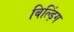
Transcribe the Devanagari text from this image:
बिल्ड़िंग